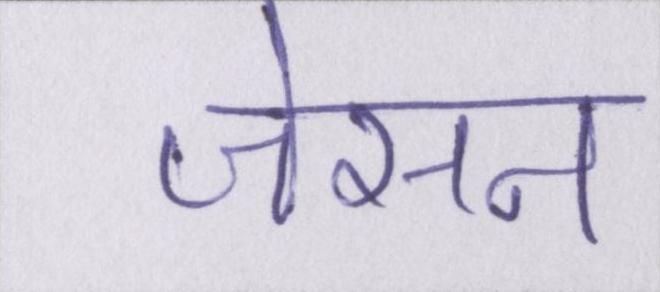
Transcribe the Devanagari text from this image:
जेसन